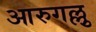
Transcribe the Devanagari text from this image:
आरुगल्लु